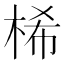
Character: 桸